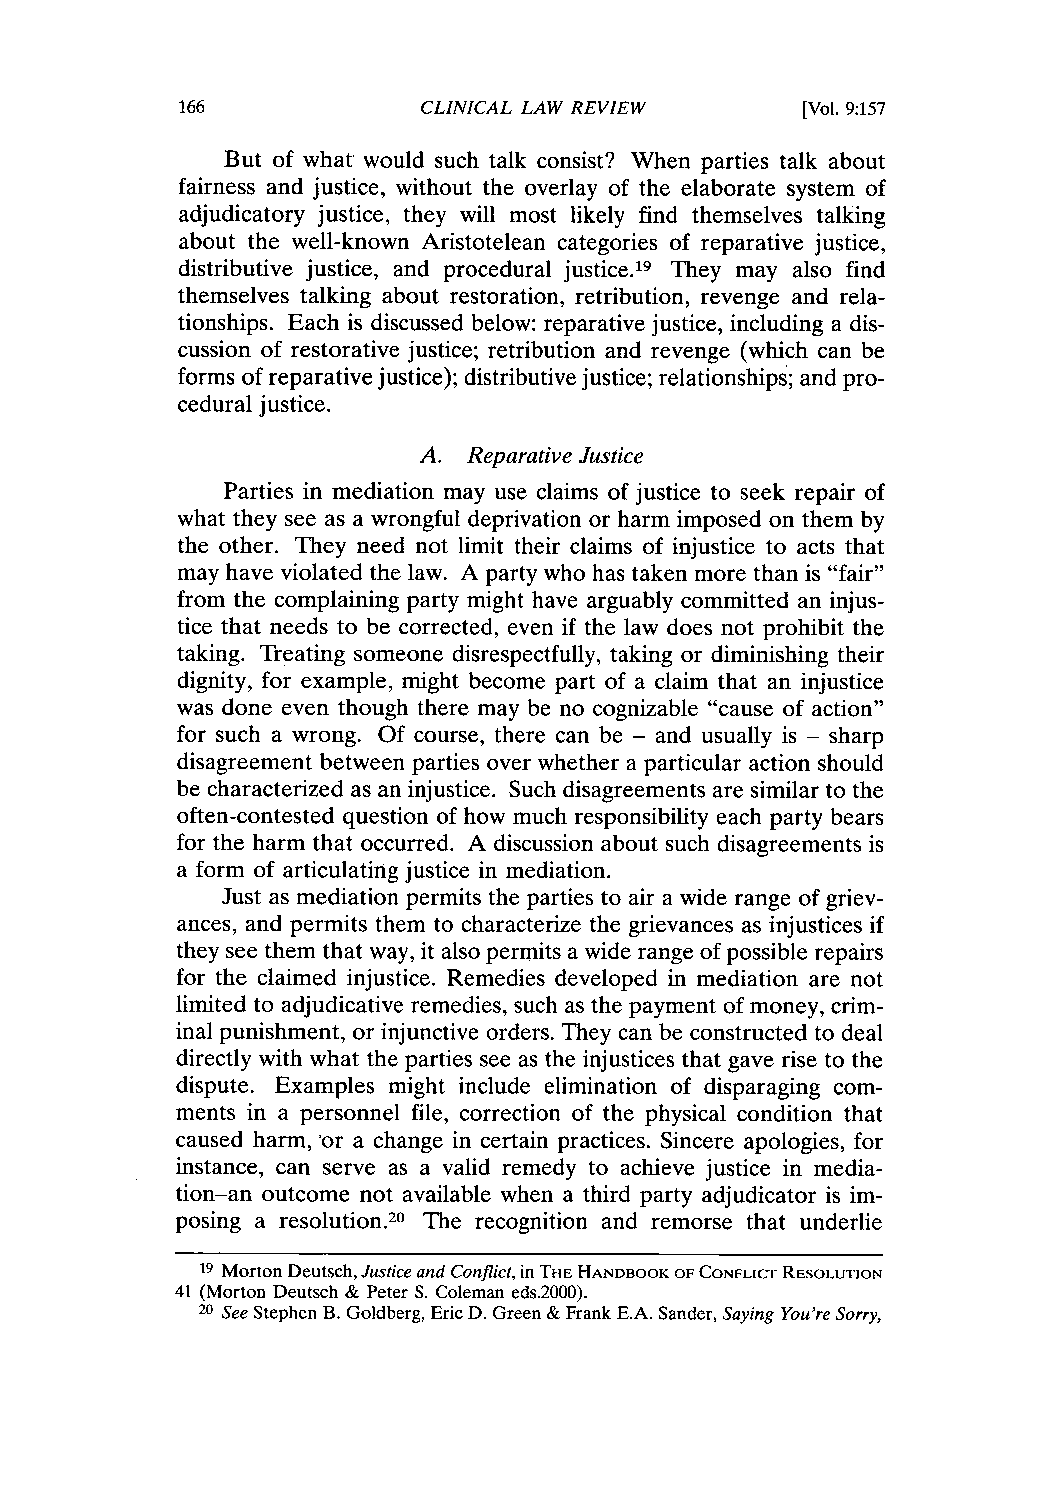
CLINICAL LAW REVIEW      [Vol. 9:157
 But of what would such talk consist? When parties talk about
 fairness and justice, without the overlay of the elaborate system of
 adjudicatory justice, they will most likely find themselves talking
 about the well-known Aristotelean categories of reparative justice,
 distributive justice, and procedural justice.19 They may also find
 themselves talking about restoration, retribution, revenge and rela-
 tionships. Each is discussed below: reparative justice, including a dis-
 cussion of restorative justice; retribution and revenge (which can be
 forms of reparative justice); distributive justice; relationships; and pro-
 cedural justice.
 A. Reparative Justice
 Parties in mediation may use claims of justice to seek repair of
 what they see as a wrongful deprivation or harm imposed on them by
 the other. They need not limit their claims of injustice to acts that
 may have violated the law. A party who has taken more than is "fair"
 from the complaining party might have arguably committed an injus-
 tice that needs to be corrected, even if the law does not prohibit the
 taking. Treating someone disrespectfully, taking or diminishing their
 dignity, for example, might become part of a claim that an injustice
 was done even though there may be no cognizable "cause of action"
 for such a wrong. Of course, there can be - and usually is - sharp
 disagreement between parties over whether a particular action should
 be characterized as an injustice. Such disagreements are similar to the
 often-contested question of how much responsibility each party bears
 for the harm that occurred. A discussion about such disagreements is
 a form of articulating justice in mediation.
 Just as mediation permits the parties to air a wide range of griev-
 ances, and permits them to characterize the grievances as injustices if
 they see them that way, it also permits a wide range of possible repairs
 for the claimed injustice. Remedies developed in mediation are not
 limited to adjudicative remedies, such as the payment of money, crim-
 inal punishment, or injunctive orders. They can be constructed to deal
 directly with what the parties see as the injustices that gave rise to the
 dispute. Examples might include elimination of disparaging com-
 ments in a personnel file, correction of the physical condition that
 caused harm, 'or a change in certain practices. Sincere apologies, for
 instance, can serve as a valid remedy to achieve justice in media-
 tion-an outcome not available when a third party adjudicator is im-
 posing a resolution.20 The recognition and remorse that underlie
 19 Morton Deutsch, Justice and Conflict, inT HE HANDBOOK OF CONFLICT RESOLUTION
 41 (Morton Deutsch & Peter S. Coleman eds.2000).
 20 See Stephen B. Goldberg, Eric D. Green & Frank E.A. Sander, Saying You're Sorry,